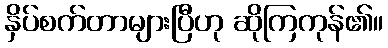
နှိပ်စက်တာများပြီဟု ဆိုကြကုန်၏။